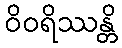
ဝိဝရိဿန္တိ